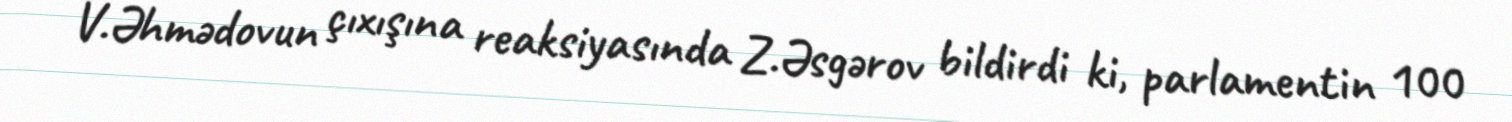
V.Əhmədovun çıxışına reaksiyasında Z.Əsgərov bildirdi ki, parlamentin 100